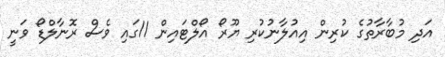
އަދި މުބާރާތުގެ ކުރިން އިއުލާނުކުރި ޔޫރޯ އޯލްޓައިން 11ގައި ވެސް ރޮނާލްޑޯ ވަނީ